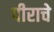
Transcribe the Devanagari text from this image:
पीराचे